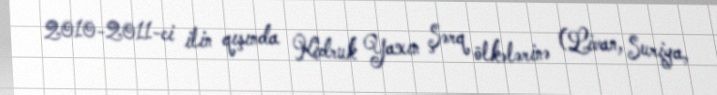
2010-2011-ci ilin qışında Kidruk Yaxın Şərq ölkələrinə (Livan, Suriya,